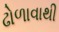
ઢોળાવાથી